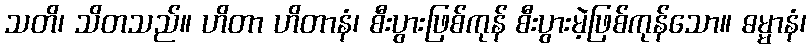
သတိ၊ သိတသည်။ ဟိတာ ဟိတာနံ၊ စီးပွားဖြစ်ကုန် စီးပွားမဲ့ဖြစ်ကုန်သော။ ဓမ္မာနံ၊